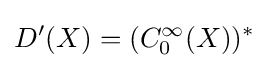
D'(X)=(C_{0}^{\infty }(X))^{*}